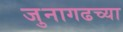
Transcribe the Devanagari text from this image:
जुनागढच्या